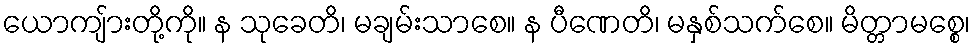
ယောကျ်ားတို့ကို။ န သုခေတိ၊ မချမ်းသာစေ။ န ပီဏေတိ၊ မနှစ်သက်စေ။ မိတ္တာမစ္စေ၊